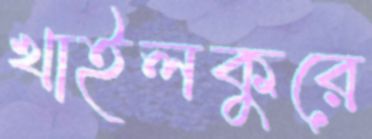
খাইলকুরে